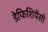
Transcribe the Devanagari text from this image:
डेफिशियेंसी